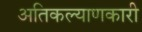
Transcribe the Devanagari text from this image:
अतिकल्याणकारी